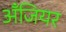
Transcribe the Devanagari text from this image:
अँजियर